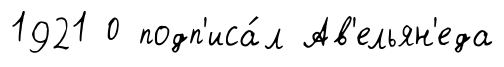
1921 0 подп'иса́л Ав'ельян'еда